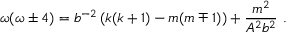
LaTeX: \omega ( \omega \pm 4 ) = b ^ { - 2 } \left( k ( k + 1 ) - m ( m \mp 1 ) \right) + \frac { m ^ { 2 } } { A ^ { 2 } b ^ { 2 } } \ .